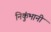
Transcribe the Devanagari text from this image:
निकुंभानी